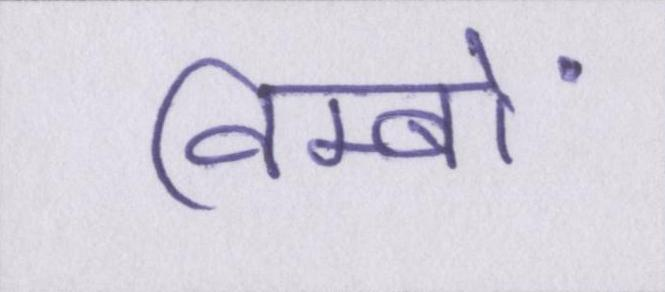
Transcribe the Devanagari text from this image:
विम्बों